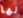
لها